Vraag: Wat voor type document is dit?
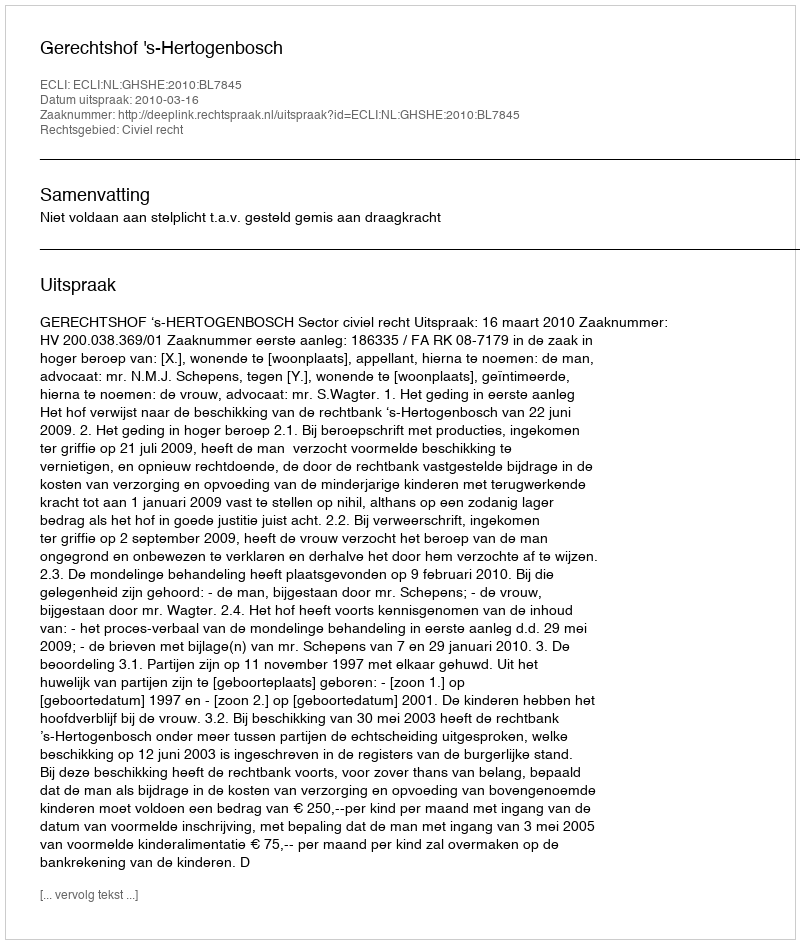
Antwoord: Uitspraak